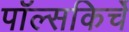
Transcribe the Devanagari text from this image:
पॉल्सकिर्चे